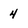
Character: 4